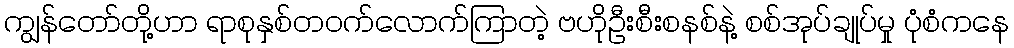
ကျွန်တော်တို့ဟာ ရာစုနှစ်တဝက်လောက်ကြာတဲ့ ဗဟိုဦးစီးစနစ်နဲ့ စစ်အုပ်ချုပ်မှု ပုံစံကနေ